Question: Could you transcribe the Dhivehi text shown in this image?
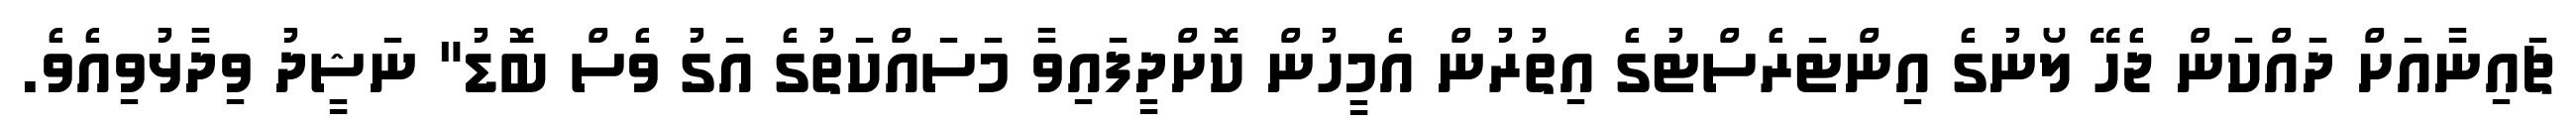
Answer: ޗައިނާއަށް ދައްކަން ޖެހޭ ލޯނުގެ އިންޓަރެސްޓުގެ އިތުރުން އެމީހުން ކޮށްދީފައިވާ މަސައްކަތުގެ އަގު ވެސް ބޮޑު" ނަޝީދު ވިދާޅުވިއެވެ.